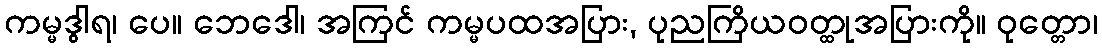
ကမ္မဒွါရ၊ ပေ။ ဘေဒေါ၊ အကြင် ကမ္မပထအပြား, ပုညကြိယဝတ္ထုအပြားကို။ ဝုတ္တော၊